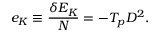
\begin{array} { l } { \displaystyle { e _ { K } \equiv \frac { \delta E _ { K } } { N } = - T _ { p } D ^ { 2 } . } } \end{array}